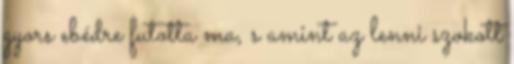
gyors ebédre futotta ma, s amint az lenni szokott